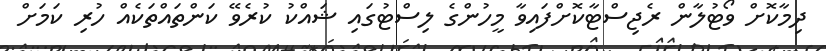
ދިމާކޮށް ވޯޓުލާން ރެޖިސްޓާކޮށްފައިވާ މީހުންގެ ލިސްޓުގައި ޝައްކު ކުރެވޭ ކަންތައްތަކެއް ހުރި ކަމަށް